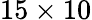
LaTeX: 15\times 10